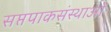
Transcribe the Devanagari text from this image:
सप्तपाकसंस्थाओं